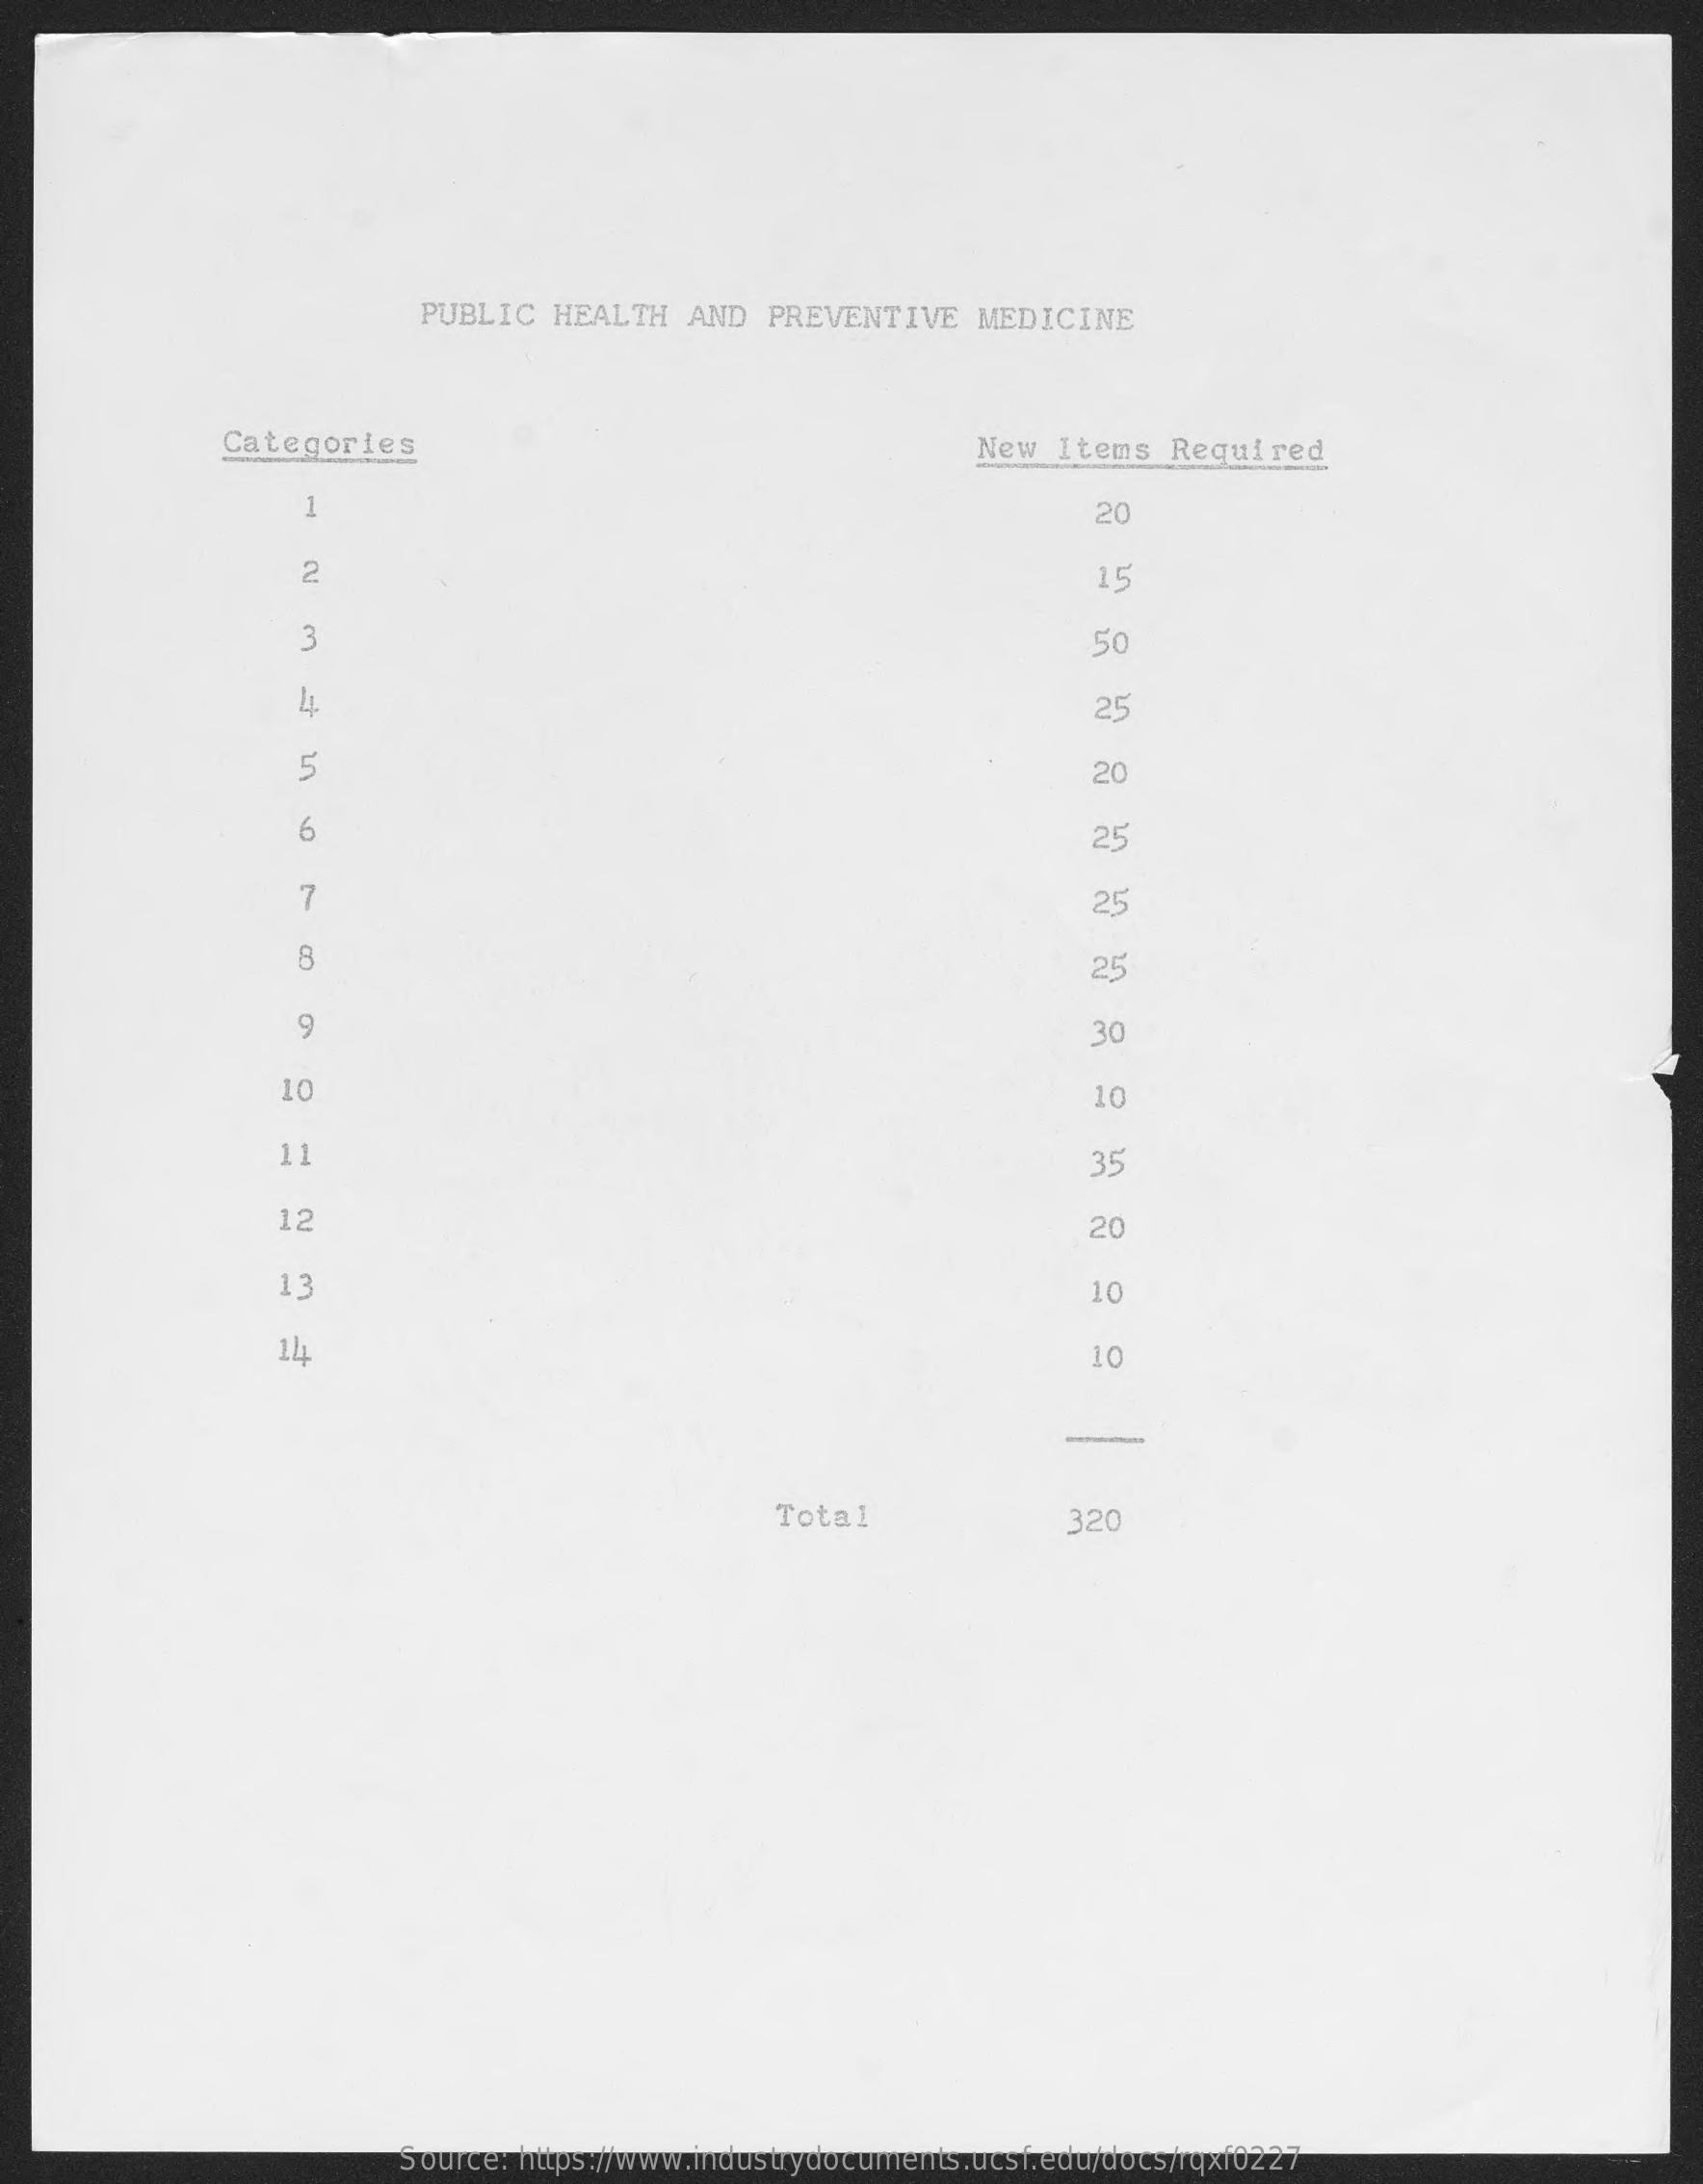
PUBLIC  HEALTH   AND  PREVENTIVE    MEDICINE
     New  Items  Required Categories
     20 1
     15 2
     50 3
     25
     20 5
     25 6
     25 7
     25 8
     30 9
     10 10
     35 11
     20 12
     10 13
     10 14
     Total    320
     Source: https://www.industrydocuments.ucsf.edu/docs/rqxf0227